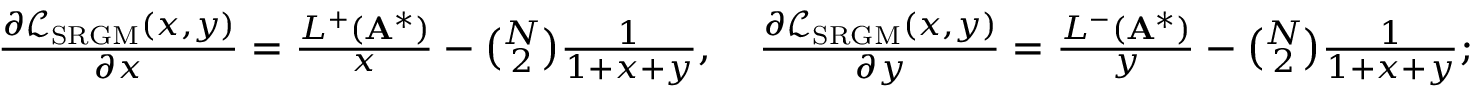
\begin{array} { r } { \frac { \partial \mathcal { L } _ { \mathrm { S R G M } } ( x , y ) } { \partial x } = \frac { L ^ { + } ( \mathbf { A } ^ { * } ) } { x } - \binom { N } { 2 } \frac { 1 } { 1 + x + y } , \quad \frac { \partial \mathcal { L } _ { \mathrm { S R G M } } ( x , y ) } { \partial y } = \frac { L ^ { - } ( \mathbf { A } ^ { * } ) } { y } - \binom { N } { 2 } \frac { 1 } { 1 + x + y } ; } \end{array}